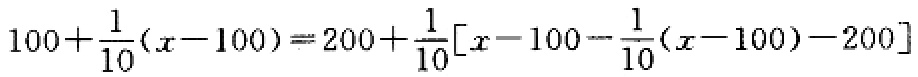
\(100+\frac{1}{10}(x - 100)=200+\frac{1}{10}[x - 100-\frac{1}{10}(x - 100)-200]\)